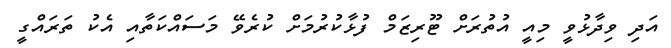
އަދި ވިދާޅުވީ މިއީ އުތުރަށް ޓޫރިޒަމް ފުޅާކުރުމަށް ކުރެވޭ މަސައްކަތާއި އެކު ތަަރައްގީ